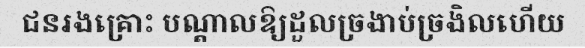
ជនរងគ្រោះ បណ្តាលឱ្យដួលច្រងាប់ច្រងិលហើយ